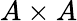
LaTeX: A\times A